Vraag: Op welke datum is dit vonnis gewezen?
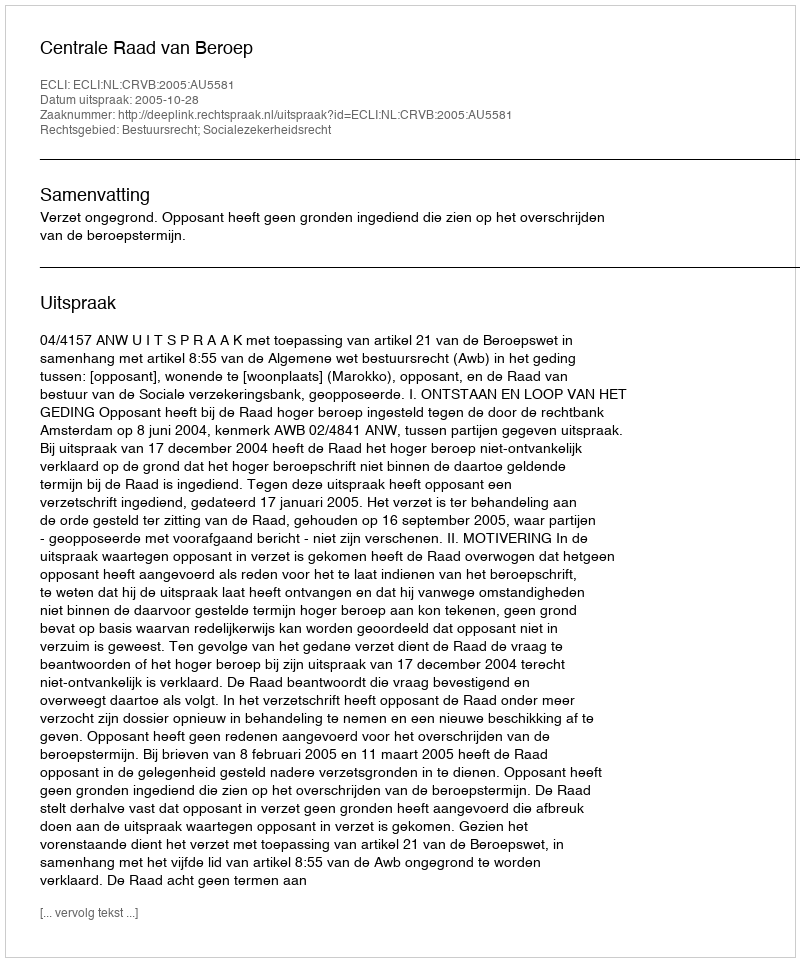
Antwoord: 2005-10-28